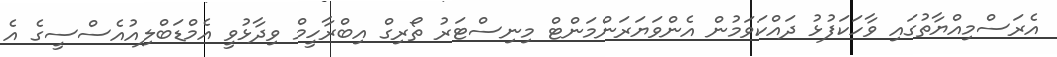
އެރަސްމިއްޔާތުގައި ވާހަކަފުޅު ދައްކަވަމުން އެންވަޔަރަންމަންޓް މިނިސްޓަރު ތޯރިގް އިބްރާހީމް ވިދާޅުވީ އެމްޑަބްލިއުއެސްސީގެ އެ